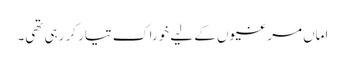
اماں مرغیوں کے لیے خوراک تیار کر رہی تھی۔